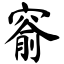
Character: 窬